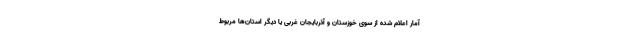
آمار اعلام‌ شده از سوی خوزستان و آذربایجان غربی یا دیگر استان‌ها مربوط